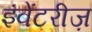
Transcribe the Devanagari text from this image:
इंवेंटरीज़